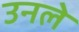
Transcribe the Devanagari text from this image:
उनले